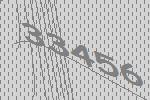
33456